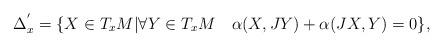
LaTeX: \begin{align*}\Delta_{x}^{'}=\{X\in T_{x}M| \forall Y\in T_{x}M\quad\alpha(X,JY)+\alpha(JX,Y)=0\},\end{align*}